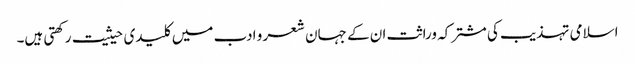
اسلامی تہذیب کی مشترکہ وراثت ان کے جہان شعر و ادب میں کلیدی حیثیت رکھتی ہیں۔